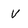
Character: V